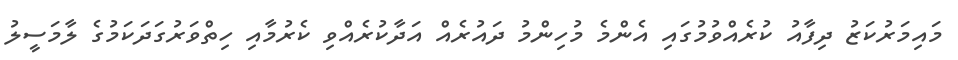
މައިމަރުކަޒު ދިފާއު ކުރެއްވުމުގައި އެންމެ މުހިންމު ދައުރެއްް އަދާކުރެއްވި ކެރުމާއި ހިތްވަރުގަދަކަމުގެ ލާމަސީލު